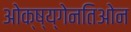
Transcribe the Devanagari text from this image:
ओक्ष्य्गेनतिओन